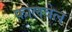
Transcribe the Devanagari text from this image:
फालवेल